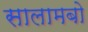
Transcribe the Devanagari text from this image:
सालामबो